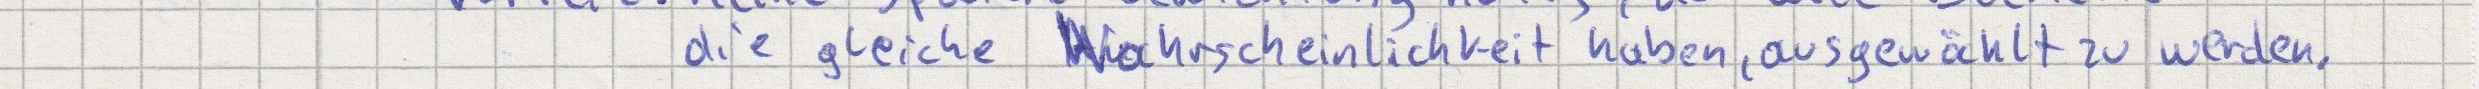
die gleiche Wahrscheinlichkeit haben, ausgewählt zu werden.